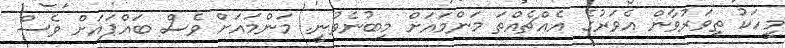
މީހަކު ތިވަރުވާން އެވަރުގެ އެއްޗެއްތަ މަންމައަށް މިބުނެވުނީ. މަންމައަށް ވެސް ބައްޕައަށް ވެސް